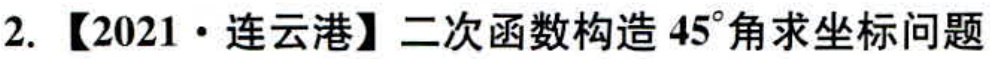
2. 【2021·连云港】二次函数构造 \(45^{\circ}\) 角求坐标问题